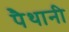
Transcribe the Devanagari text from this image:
पैथानी